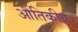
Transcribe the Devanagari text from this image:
औतिकीय